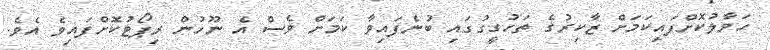
ހަވާލުކޮށްފައިކަމަށް ޒާކިރުގެ ތަހުގީގުގައި ބުނެފައިވާ ކަމަށް ވެސް އެ ނޫހުން ރިޕޯޓުކޮށްފައިވެ އެވެ.